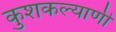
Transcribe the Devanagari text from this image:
कुशकल्याणी